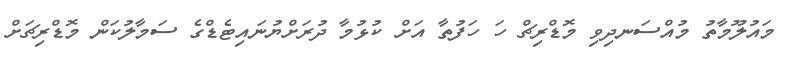
މައުލޫމާތު މުއްސަނދިވި މޮޑްރިޗް ހަ ހަފުތާ އަށް ކުޅުމާ ދުރަށްޔުނައިޓެޑްގެ ސަމާލުކަން މޮޑްރިޗަށް